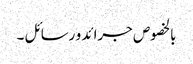
بالخصوص جرائد و رسائل ۔